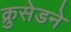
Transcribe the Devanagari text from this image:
क्रुसेडने